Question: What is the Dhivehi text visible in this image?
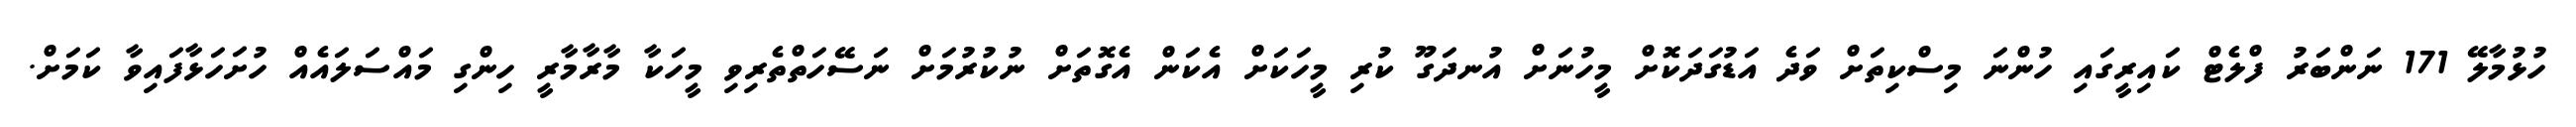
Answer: ހުޅުމާލޭ 171 ނަންބަރު ފްލެޓް ކައިރީގައި ހުންނަ މިސްކިތަށް ވަދެ އަޑުގަދަކޮށް މީހުނަށް އުނދަގޫ ކުރި މީހަކަށް އެކަން އެގޮތަށް ނުކުރުމަށް ނަސޭހަތްތެރިވި މީހަކާ މާރާމާރީ ހިންގި މައްސަލައެއް ހުށަހަޅާފައިވާ ކަމަށް.